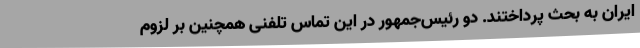
ایران به بحث پرداختند. دو رئیس‌جمهور در این تماس تلفنی همچنین بر لزوم